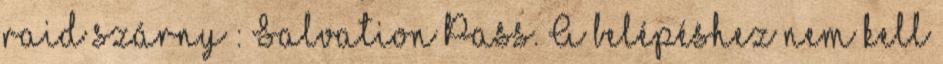
raid szárny : Salvation Pass. A belépéshez nem kell